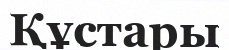
Құстары